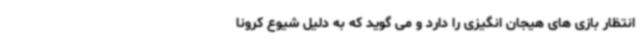
انتظار بازی های هیجان انگیزی را دارد و می گوید که به دلیل شیوع کرونا